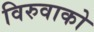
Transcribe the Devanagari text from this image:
विरुवाको